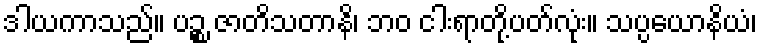
ဒါယကာသည်။ ပဉ္စ ဇာတိသတာနိ၊ ဘဝ ငါးရာတို့ပတ်လုံး။ သပ္ပယောနိယံ၊